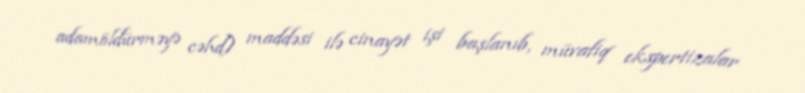
adamöldürməyə cəhd) maddəsi ilə cinayət işi başlanıb, müvafiq ekspertizalar